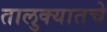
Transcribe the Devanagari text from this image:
तालुक्यातचे